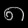
Digit: ၈